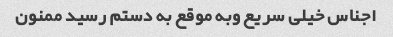
اجناس خیلی سریع وبه موقع به دستم رسید ممنون